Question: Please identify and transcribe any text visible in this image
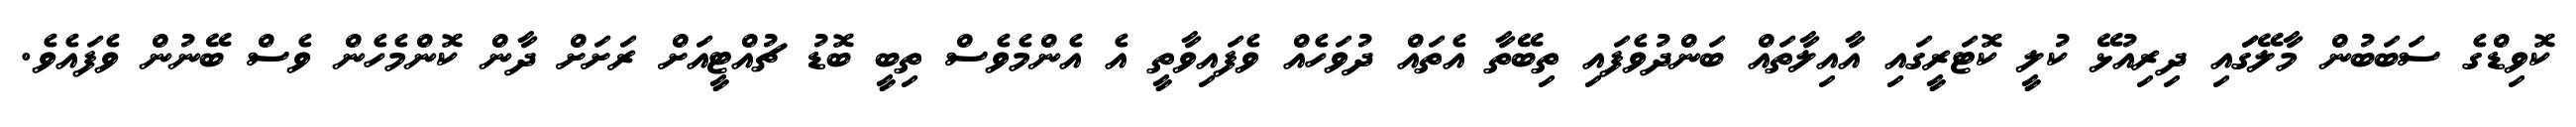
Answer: ކޮވިޑްގެ ސަބަބުން މާލޭގަައި ދިރިއުޅޭ ކުލީ ކޮޓަރީގައި އާއިލާތައް ބަންދުވެފައި ތިބޭތާ އެތައް ދުވަހެއް ވެފައިވާތީ އެ އެންމެވެސް ތިބީ ބޮޑު ޗުއްޓީއަށް ރަށަށް ދާން ކޮންމެހެން ވެސް ބޭނުން ވެފައެވެ.